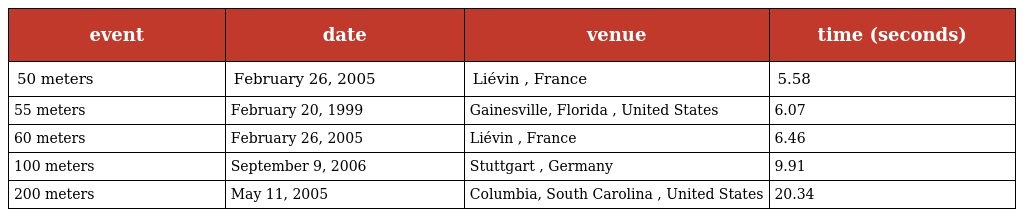
| event | date | venue | time (seconds) |
 | --- | --- | --- | --- |
 | 50 meters | February 26, 2005 | Liévin , France | 5.58 |
 | 55 meters | February 20, 1999 | Gainesville, Florida , United States | 6.07 |
 | 60 meters | February 26, 2005 | Liévin , France | 6.46 |
 | 100 meters | September 9, 2006 | Stuttgart , Germany | 9.91 |
 | 200 meters | May 11, 2005 | Columbia, South Carolina , United States | 20.34 |